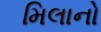
મિલાનો